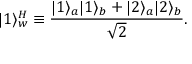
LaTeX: | 1 \rangle _ { w } ^ { H } \equiv { \frac { | 1 \rangle _ { a } | 1 \rangle _ { b } + | 2 \rangle _ { a } | 2 \rangle _ { b } } { \sqrt { 2 } } } .